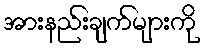
အားနည်းချက်များကို